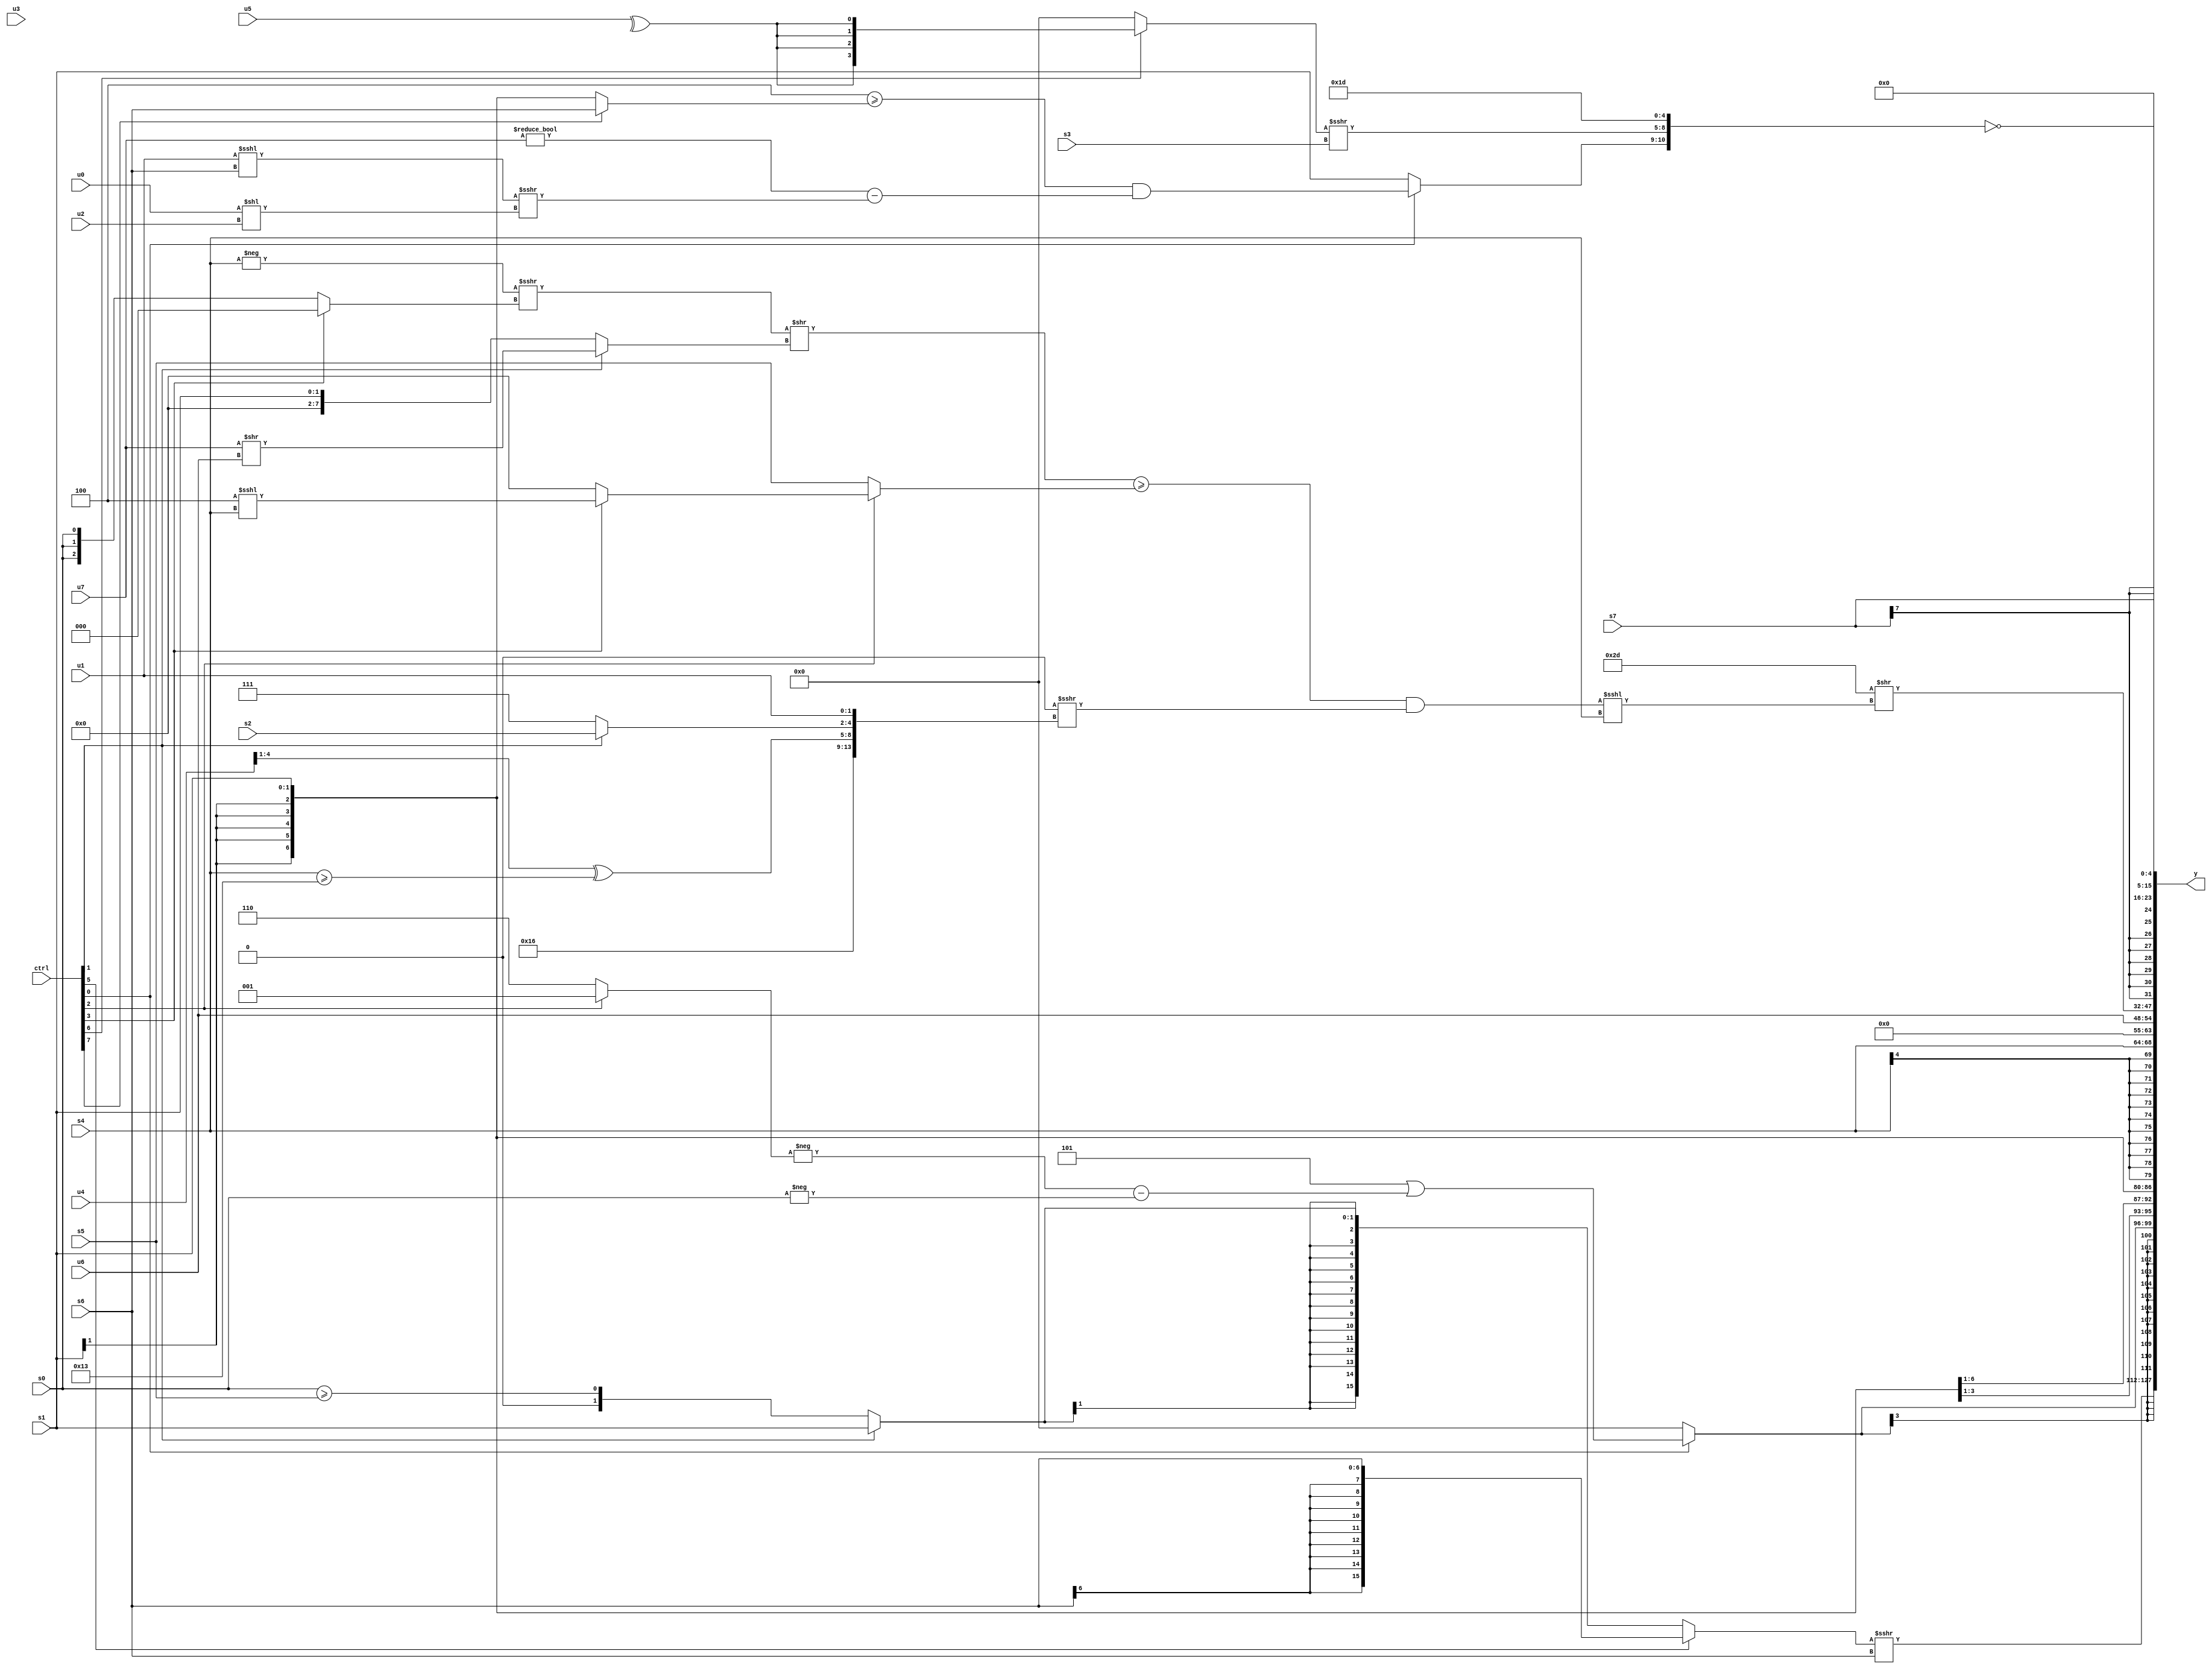
module wideexpr_00671(ctrl, u0, u1, u2, u3, u4, u5, u6, u7, s0, s1, s2, s3, s4, s5, s6, s7, y);
  input [7:0] ctrl;
  input [0:0] u0;
  input [1:0] u1;
  input [2:0] u2;
  input [3:0] u3;
  input [4:0] u4;
  input [5:0] u5;
  input [6:0] u6;
  input [7:0] u7;
  input signed [0:0] s0;
  input signed [1:0] s1;
  input signed [2:0] s2;
  input signed [3:0] s3;
  input signed [4:0] s4;
  input signed [5:0] s5;
  input signed [6:0] s6;
  input signed [7:0] s7;
  output [127:0] y;
  wire [15:0] y0;
  wire [15:0] y1;
  wire [15:0] y2;
  wire [15:0] y3;
  wire [15:0] y4;
  wire [15:0] y5;
  wire [15:0] y6;
  wire [15:0] y7;
  assign y = {y0,y1,y2,y3,y4,y5,y6,y7};
  assign y0 = ((ctrl[5]?s6:$signed((ctrl[1]?$unsigned(s1):(s0)>=(s5)))))>>>(s6);
  assign y1 = $signed((ctrl[0]?(3'sb101)|(($signed(-((ctrl[2]?(3'b000)>=(5'b00000):{1{4'sb0110}}))))-(-(s0))):+(($signed({1{5'sb00001}}))==((ctrl[2]?6'sb100111:3'sb100)))));
  assign y2 = s1;
  assign y3 = s4;
  assign y4 = u6;
  assign y5 = (6'sb101101)>>((((((-(s4))>>>((ctrl[3]?3'sb000:s0)))>>((ctrl[1]?(u7)>>(u6):$signed(s1))))>=((ctrl[2]?(ctrl[3]?(3'sb100)<<<(s4):(s4)<<(6'b001010)):s5)))&(($signed(((ctrl[5]?6'b000100:2'sb10))<<<(+(6'b001101))))>>>({$signed((2'sb11)&(4'sb1011)),((u4)>>(3'sb001))^((s4)>=(5'sb10011)),(ctrl[1]?$signed(s2):1'sb1),u1})))<<<(s4));
  assign y6 = s7;
  assign y7 = (~({(ctrl[4]?(({3{s0}})+({+(u3),-(s7),(1'b0)&(2'b10),s0}))>>((((4'sb1010)-(s1))^~(1'sb1))<<(({u4})<<<(|(2'sb10)))):{3{$signed($signed(s0))}}),(ctrl[0]?(($signed(4'b1100))>=($signed((ctrl[7]?s6:s1))))&(((2'sb00)!=(u7))-(((u1)<<<(s6))>>>((u0)<<(u2)))):s1),((ctrl[6]?$signed(+(^(u5))):($signed(4'sb0001))-(2'sb01)))>>>($unsigned(s3)),5'sb11101}))<<<(5'b00101);
endmodule